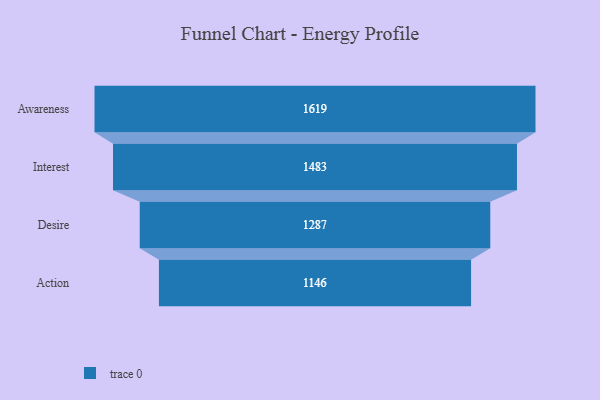
{"axis": {"x": "Stage", "y": "Value"}, "legend": [""], "data": [{"x": "Awareness", "y": 1619.0, "type": ""}, {"x": "Interest", "y": 1483.0, "type": ""}, {"x": "Desire", "y": 1287.0, "type": ""}, {"x": "Action", "y": 1146.0, "type": ""}]}